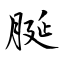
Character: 脠